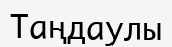
Таңдаулы